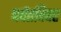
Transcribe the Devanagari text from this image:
पर्वतविवर